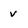
Character: v